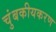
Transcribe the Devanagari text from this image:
चुंबकीयकरण